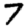
Digit: 7